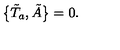
\bigl \{ \tilde { T } _ { a } , \tilde { A } \bigr \} = 0 .